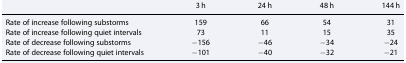
<table><thead><tr><td></td><td><b>3 h</b></td><td><b>24 h</b></td><td><b>48 h</b></td><td><b>144 h</b></td></tr></thead><tbody><tr><td>Rate of increase following substorms</td><td>159</td><td>66</td><td>54</td><td>31</td></tr><tr><td>Rate of increase following quiet intervals</td><td>73</td><td>11</td><td>15</td><td>35</td></tr><tr><td>Rate of decrease following substorms</td><td>−156</td><td>−46</td><td>−34</td><td>−24</td></tr><tr><td>Rate of decrease following quiet intervals</td><td>−101</td><td>−40</td><td>−32</td><td>−21</td></tr></tbody></table>